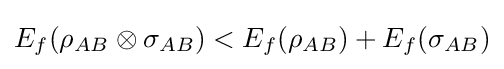
E_{f}(\rho _{AB}\otimes \sigma _{AB})<E_{f}(\rho _{AB})+E_{f}(\sigma _{AB})